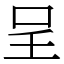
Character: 呈